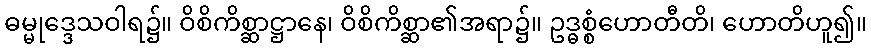
ဓမ္မုဒ္ဒေသဝါရ၌။ ဝိစိကိစ္ဆာဋ္ဌာနေ၊ ဝိစိကိစ္ဆာ၏အရာ၌။ ဥဒ္ဓစ္စံဟောတီတိ၊ ဟောတိဟူ၍။